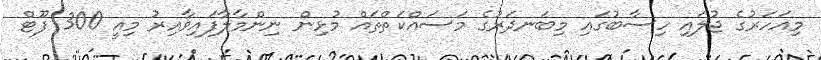
މިއަހަރުގެ ޖުލައި ހިސާބުގައި މިބަނދަރުގެ މަސައްކަތްތައް މުޅިން ނިންމާލާފައިވާއިރު މިއީ 300 ފޫޓް